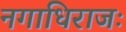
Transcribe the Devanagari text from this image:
नगाधिराजः